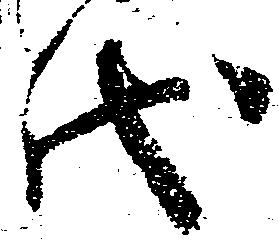
代